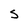
Character: S